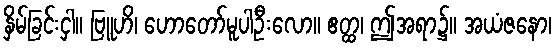
နှိမ်ခြင်းငှါ။ ဗြူဟိ၊ ဟောတော်မူပါဦးလော။ ဧတ္ထ၊ ဤအရာ၌။ အယံဇနော၊